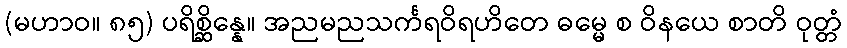
(မဟာဝ။ ၈၅) ပရိစ္ဆိန္နေ။ အညမညသင်္ကရဝိရဟိတေ ဓမ္မေ စ ဝိနယေ စာတိ ဝုတ္တံ